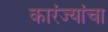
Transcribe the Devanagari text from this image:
कारंज्यांचा